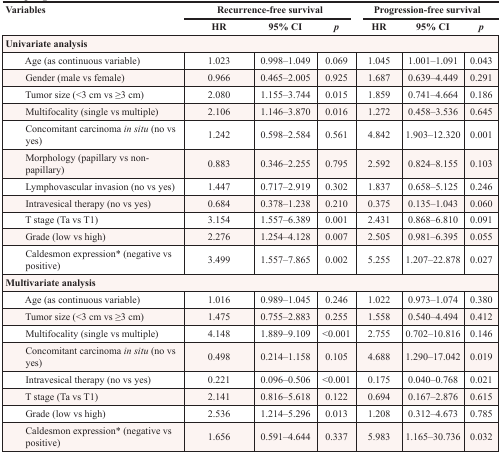
<table><thead><tr><td rowspan="2"><b>Variables</b></td><td colspan="3"><b>Recurrence-free survival</b></td><td colspan="3"><b>Progression-free survival</b></td></tr><tr><td><b>HR</b></td><td><b>95% CI</b></td><td><b><i>p</i></b></td><td><b>HR</b></td><td><b>95% CI</b></td><td><b><i>p</i></b></td></tr></thead><tbody><tr><td colspan="7"><b>Univariate analysis</b></td></tr><tr><td>Age (as continuous variable)</td><td>1.023</td><td>0.998–1.049</td><td>0.069</td><td>1.045</td><td>1.001–1.091</td><td>0.043</td></tr><tr><td>Gender (male vs female)</td><td>0.966</td><td>0.465–2.005</td><td>0.925</td><td>1.687</td><td>0.639–4.449</td><td>0.291</td></tr><tr><td>Tumor size (&lt;3 cm vs ≥3 cm)</td><td>2.080</td><td>1.155–3.744</td><td>0.015</td><td>1.859</td><td>0.741–4.664</td><td>0.186</td></tr><tr><td>Multifocality (single vs multiple)</td><td>2.106</td><td>1.146–3.870</td><td>0.016</td><td>1.272</td><td>0.458–3.536</td><td>0.645</td></tr><tr><td>Concomitant carcinoma <i>in situ</i> (no vs yes)</td><td>1.242</td><td>0.598–2.584</td><td>0.561</td><td>4.842</td><td>1.903–12.320</td><td>0.001</td></tr><tr><td>Morphology (papillary vs non-papillary)</td><td>0.883</td><td>0.346–2.255</td><td>0.795</td><td>2.592</td><td>0.824–8.155</td><td>0.103</td></tr><tr><td>Lymphovascular invasion (no vs yes)</td><td>1.447</td><td>0.717–2.919</td><td>0.302</td><td>1.837</td><td>0.658–5.125</td><td>0.246</td></tr><tr><td>Intravesical therapy (no vs yes)</td><td>0.684</td><td>0.378–1.238</td><td>0.210</td><td>0.375</td><td>0.135–1.043</td><td>0.060</td></tr><tr><td>T stage (Ta vs T1)</td><td>3.154</td><td>1.557–6.389</td><td>0.001</td><td>2.431</td><td>0.868–6.810</td><td>0.091</td></tr><tr><td>Grade (low vs high)</td><td>2.276</td><td>1.254–4.128</td><td>0.007</td><td>2.505</td><td>0.981–6.395</td><td>0.055</td></tr><tr><td>Caldesmon expression* (negative vs positive)</td><td>3.499</td><td>1.557–7.865</td><td>0.002</td><td>5.255</td><td>1.207–22.878</td><td>0.027</td></tr><tr><td colspan="7"><b>Multivariate analysis</b></td></tr><tr><td>Age (as continuous variable)</td><td>1.016</td><td>0.989–1.045</td><td>0.246</td><td>1.022</td><td>0.973–1.074</td><td>0.380</td></tr><tr><td>Tumor size (&lt;3 cm vs ≥3 cm)</td><td>1.475</td><td>0.755–2.883</td><td>0.255</td><td>1.558</td><td>0.540–4.494</td><td>0.412</td></tr><tr><td>Multifocality (single vs multiple)</td><td>4.148</td><td>1.889–9.109</td><td>&lt;0.001</td><td>2.755</td><td>0.702–10.816</td><td>0.146</td></tr><tr><td>Concomitant carcinoma <i>in situ</i> (no vs yes)</td><td>0.498</td><td>0.214–1.158</td><td>0.105</td><td>4.688</td><td>1.290–17.042</td><td>0.019</td></tr><tr><td>Intravesical therapy (no vs yes)</td><td>0.221</td><td>0.096–0.506</td><td>&lt;0.001</td><td>0.175</td><td>0.040–0.768</td><td>0.021</td></tr><tr><td>T stage (Ta vs T1)</td><td>2.141</td><td>0.816–5.618</td><td>0.122</td><td>0.694</td><td>0.167–2.876</td><td>0.615</td></tr><tr><td>Grade (low vs high)</td><td>2.536</td><td>1.214–5.296</td><td>0.013</td><td>1.208</td><td>0.312–4.673</td><td>0.785</td></tr><tr><td>Caldesmon expression* (negative vs positive)</td><td>1.656</td><td>0.591–4.644</td><td>0.337</td><td>5.983</td><td>1.165–30.736</td><td>0.032</td></tr></tbody></table>